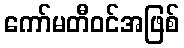
ကော်မတီဝင်အဖြစ်